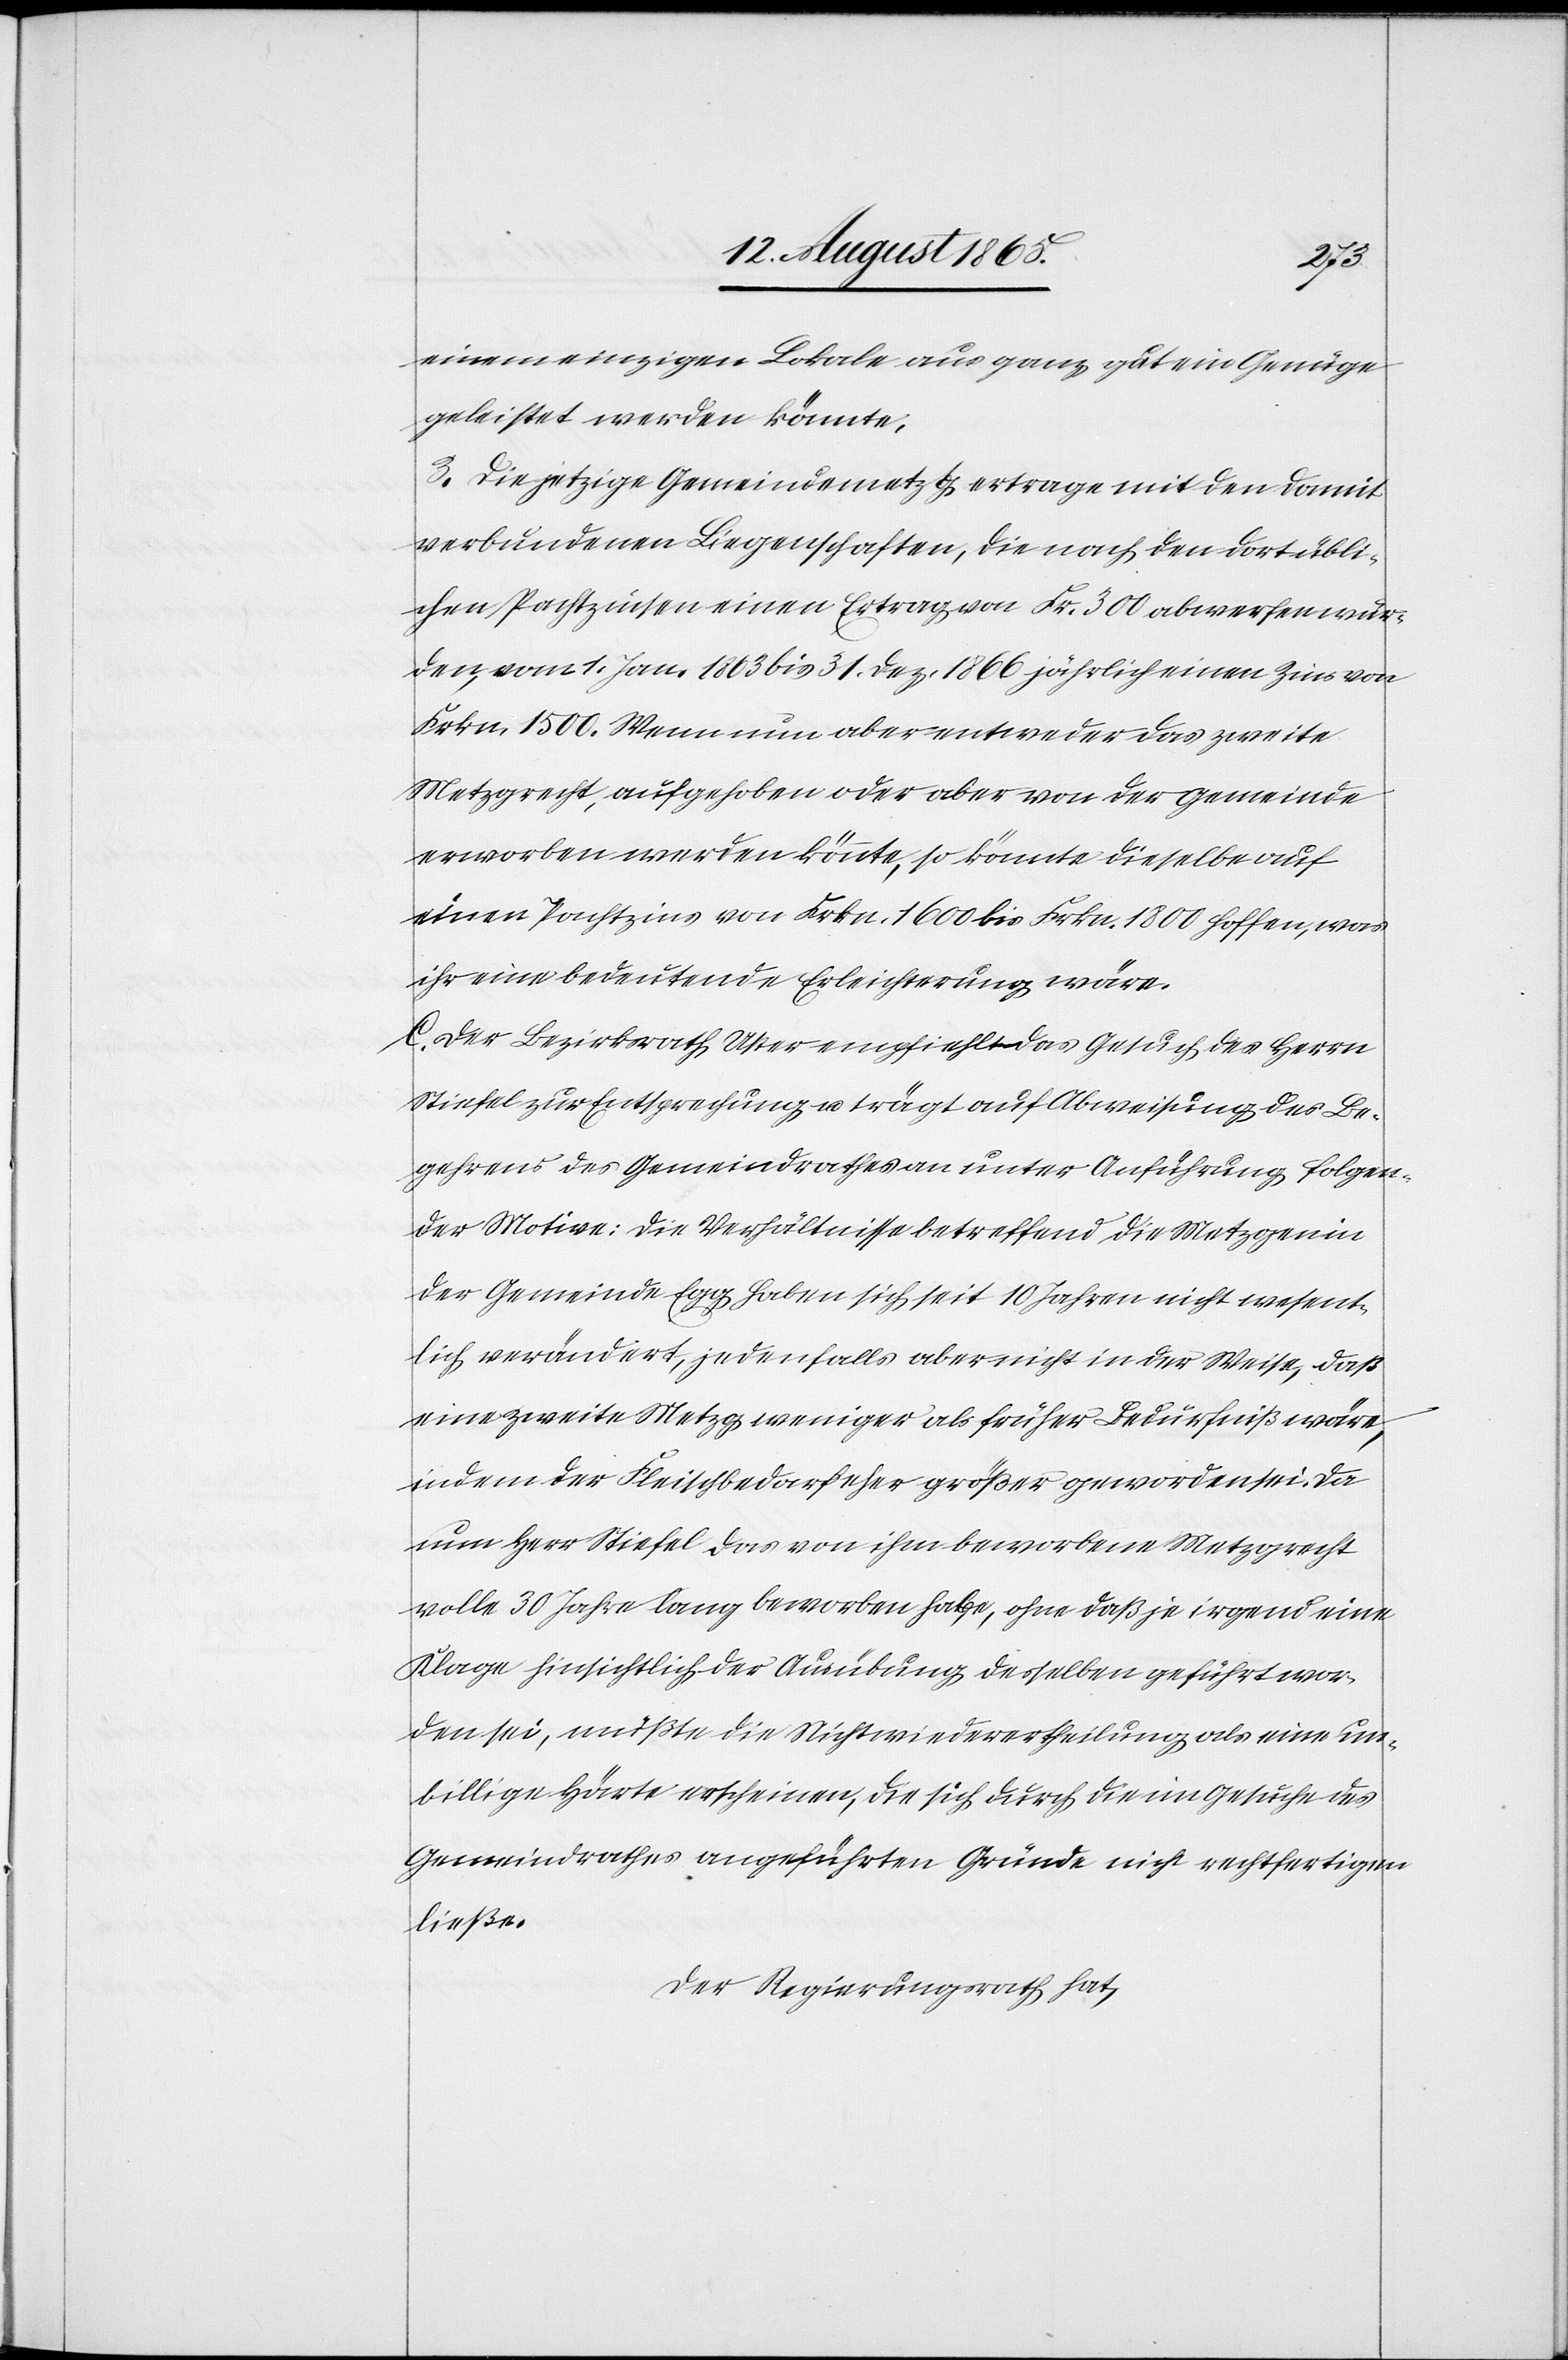
einem einzigen Lokale aus ganz gut ein Genüge
geleistet werden könnte;
3. Die jetzige Gemeindemetzg ertrage mit den damit
verbundenen Liegenschaften, die nach den dort übli¬
chen Pachtzinsen einen Ertrag von Fr. 300 abwerfen wür¬
den, vom 1. Jan. 1863 bis 31. Dez. 1866 jährlich einen Zins von
Frkn. 1500. Wenn nun aber entweder das zweite
Metzgrecht, aufgehoben oder aber von der Gemeinde
erworben werden könnte, so könnte dieselbe auf
einen Pachtzins von Frkn. 1600 bis Frkn. 1800 hoffen, was
ihr eine bedeutende Erleichterung wäre.
C. Der Bezirksrath Uster empfiehlt das Gesuch des Herrn
Stiefel zur Entsprechung u. trägt auf Abweisung des Be¬
gehrens des Gemeindrathes an unter Anführung folgen¬
der Motive: Die Verhältnisse betreffend die Metzgen in
der Gemeinde Egg haben sich seit 10 Jahren nicht wesent¬
lich verändert, jedenfalls aber nicht in der Weise, daß
eine zweite Metzg weniger als früher Bedürfniß wäre,
indem der Fleischbedarf eher größer geworden sei. Da
nun Herr Stiefel das von ihm beworbene Metzgrecht
volle 30 Jahre lang beworben habe, ohne daß je irgend eine
Klage hinsichtlich der Ausübung desselben geführt wor¬
den sei, müßte die Nichtwiederertheilung als eine un¬
billige Härte erscheinen, die sich durch die im Gesuche des
Gemeindrathes angeführten Gründe nicht rechtfertigen
ließe.
Der Regierungsrath hat,